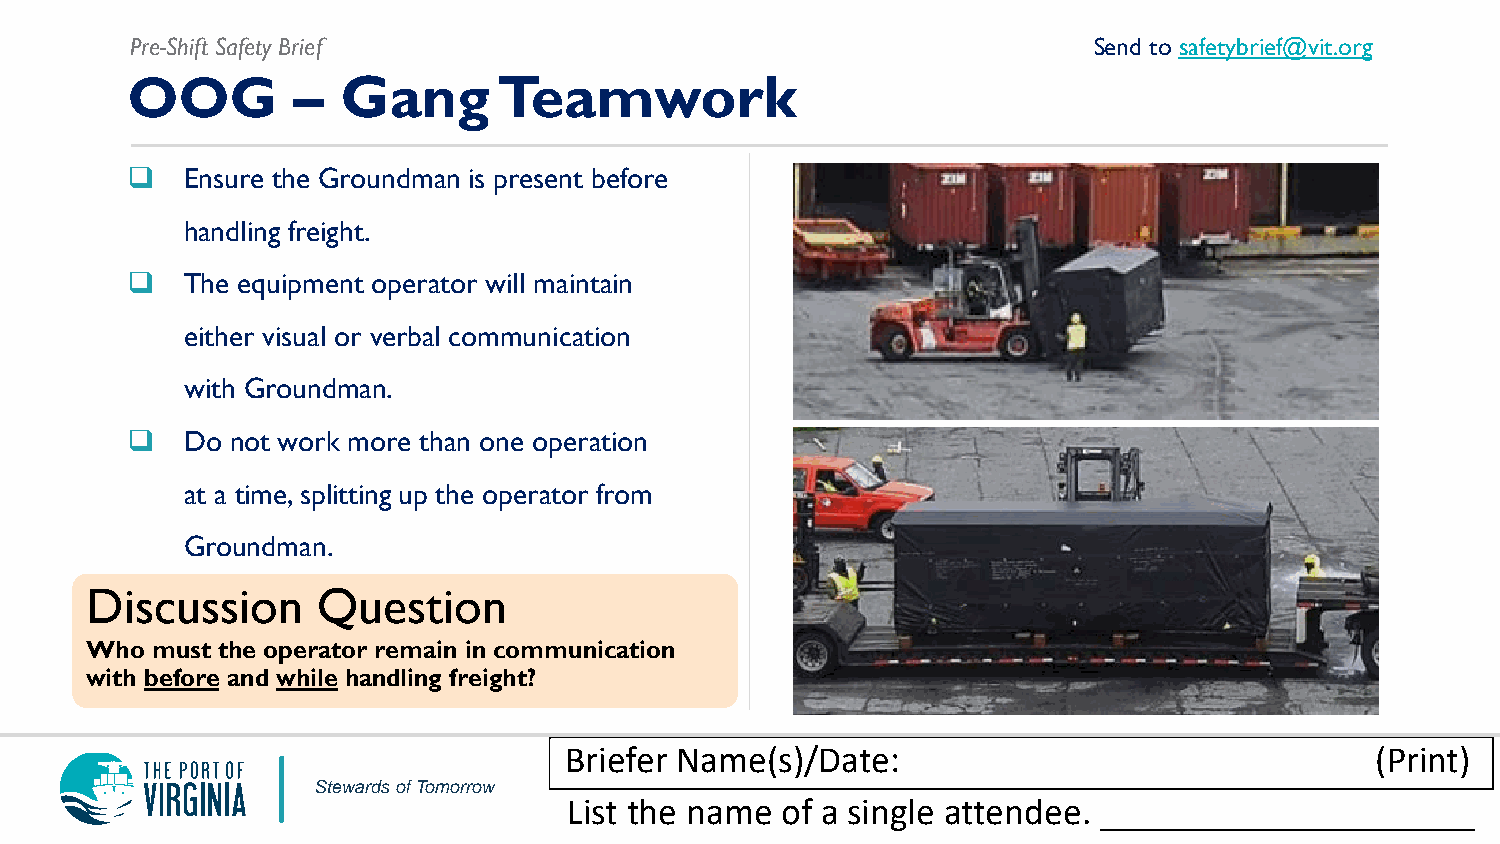
Pre-Shift Safety Brief                                         Send to safetybrief@vit.org
 OOG        –   Gang      Teamwork
    Ensure the Groundman is present before
 handling freight.
    The equipment operator will maintain
 either visual or verbal communication
 with Groundman.
    Do not work more than one operation
 at a time, splitting up the operator from
 Groundman.
 Discussion     Question
 Who must the operator remain in communication
 with before and while handling freight?
 Briefer Name(s)/Date:                                 (Print)
 Stewards of Tomorrow
 List the name of a single attendee. ____________________